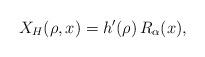
LaTeX: \begin{align*}X_H(\rho,x) = h'(\rho)\, R_{\alpha}(x),\end{align*}